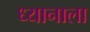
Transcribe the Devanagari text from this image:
ध्यानाला